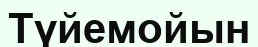
Түйемойын